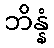
ဘိန္နံ